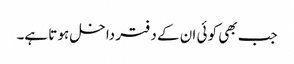
جب بھی کو ئی ان کے دفتر داخل ہو تا ہے۔